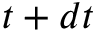
t + d t